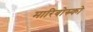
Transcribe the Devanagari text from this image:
मारिबोस्र्को